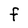
Character: F